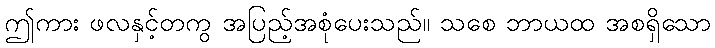
ဤကား ဖလနှင့်တကွ အပြည့်အစုံပေးသည်။ သစေ ဘာယထ အစရှိသော